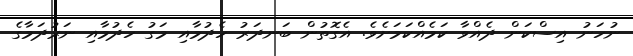
ނުހަނު އިސްކަން ދެއްވާ ކަމެއްކަމަށެވެ. އެގޮތުން ބަނދަރު ހެދުމާއި މަގު ހެދުމާއި ނަރުދަމާގެ